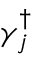
\gamma _ { j } ^ { \dagger }